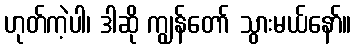
ဟုတ်ကဲ့ပါ၊ ဒါဆို ကျွန်တော် သွားမယ်နော်။